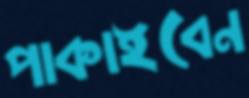
পাকাইবেন